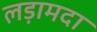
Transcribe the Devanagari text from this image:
लड़ामदा